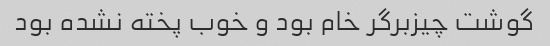
گوشت چیزبرگر خام بود و خوب پخته نشده بود